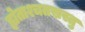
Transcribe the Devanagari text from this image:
ह्येताश्चतस्रस्तु